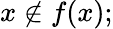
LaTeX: x\notin f(x);